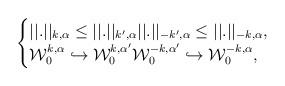
LaTeX: \begin{align*}\begin{cases} ||.||_{k,\alpha}\leq ||.||_{k',\alpha} ||.||_{-k',\alpha}\leq ||.||_{-k,\alpha},\\ \mathcal{W}^{k,\alpha}_{0}\hookrightarrow \mathcal{W}^{k,\alpha'}_{0} \mathcal{W}^{-k,\alpha'}_{0}\hookrightarrow \mathcal{W}^{-k,\alpha}_{0},\\\end{cases}\end{align*}